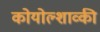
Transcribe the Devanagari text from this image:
कोयोल्शाव्की